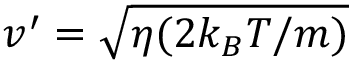
v ^ { \prime } = \sqrt { \eta ( 2 k _ { B } T / m ) }